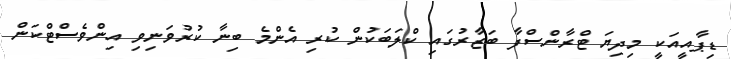
ޑިޕާއީއަކީ މިދިޔަ ޓްރާންސްފާ ބަޒާރުގައި ކްލަބަކުން ކުރި އެންމެ ބިނާ ކުރުވަނިވި އިންވެސްޓްކަން